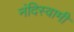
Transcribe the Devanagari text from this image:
नंदिस्वामी